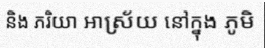
និង ភរិយា អាស្រ័យ នៅក្នុង ភូមិ